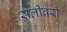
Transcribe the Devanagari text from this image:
सैलीवरी